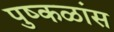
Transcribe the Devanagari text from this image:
पुष्कळांस